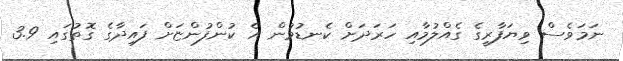
ނަމަވެސް ވިޔަފާރީގެ ގެއްލުމާއި ހަރަދަށް ކެނޑުމުން އެ ކުންފުންޏަށް ފައިދާގެ ގޮތުގައި 3.9